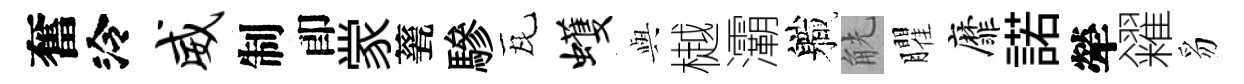
奮泠威制卽䝉甆驂瓦蠖𫤰樾灞軄觥臞靡諾犖糴豸